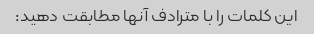
این کلمات را با مترادف آنها مطابقت دهید: